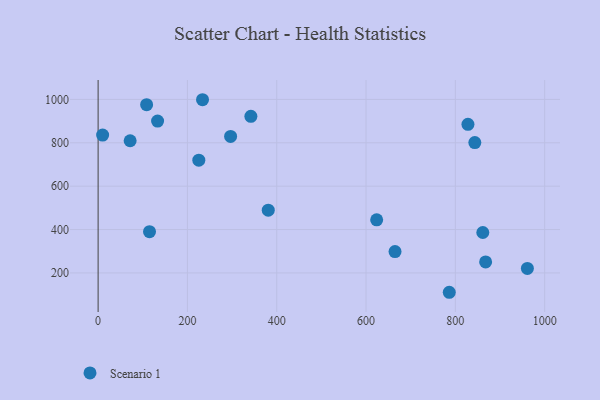
{"axis": {"x": "Investment", "y": "Sales"}, "legend": ["Scenario 1"], "data": [{"x": "861.5", "y": 386.4, "type": "Scenario 1"}, {"x": "10.1", "y": 835.5, "type": "Scenario 1"}, {"x": "133.2", "y": 900.0, "type": "Scenario 1"}, {"x": "664.9", "y": 298.4, "type": "Scenario 1"}, {"x": "71.7", "y": 809.4, "type": "Scenario 1"}, {"x": "342.1", "y": 921.9, "type": "Scenario 1"}, {"x": "828.2", "y": 885.3, "type": "Scenario 1"}, {"x": "867.8", "y": 250.8, "type": "Scenario 1"}, {"x": "381.0", "y": 489.5, "type": "Scenario 1"}, {"x": "108.6", "y": 975.8, "type": "Scenario 1"}, {"x": "115.1", "y": 390.2, "type": "Scenario 1"}, {"x": "961.3", "y": 220.6, "type": "Scenario 1"}, {"x": "623.8", "y": 444.7, "type": "Scenario 1"}, {"x": "225.5", "y": 719.8, "type": "Scenario 1"}, {"x": "233.8", "y": 998.6, "type": "Scenario 1"}, {"x": "786.4", "y": 110.7, "type": "Scenario 1"}, {"x": "843.6", "y": 800.9, "type": "Scenario 1"}, {"x": "296.7", "y": 829.4, "type": "Scenario 1"}]}